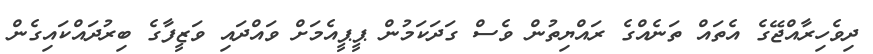
ދިވެހިރާއްޖޭގެ އެތައް ތަނެއްގެ ރައްޔިތުން ވެސް ގަދަކަމުން ޕީޕީއެމަށް ވައްދައި ވަޒީފާގެ ބިރުދައްކައިގެން